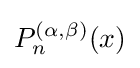
P_{n}^{(\alpha ,\beta )}(x)